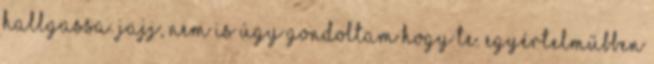
hallgassa. Jajj, nem is úgy gondoltam hogy te. Egyértelműbben